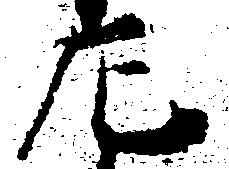
左